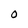
Character: O